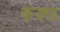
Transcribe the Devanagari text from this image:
कक्छ